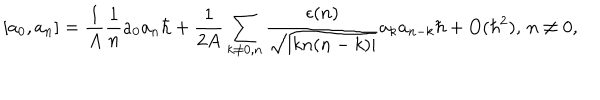
[ a _ { 0 } , a _ { n } ] = { \frac { 1 } { A } } { \frac { 1 } { n } } a _ { 0 } a _ { n } \hbar + { \frac { 1 } { 2 A } } \sum _ { k \ne 0 , n } { \frac { \epsilon ( n ) } { \sqrt { | k n ( n - k ) | } } } a _ { k } a _ { n - k } \hbar + O ( \hbar ^ { 2 } ) , \, n \ne 0 ,